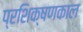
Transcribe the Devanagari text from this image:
प्रशिक्षणकाल